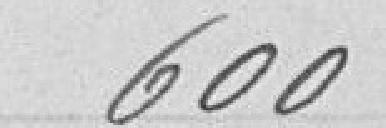
600